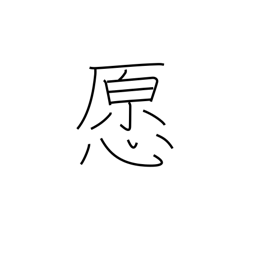
Meaning: honest